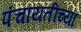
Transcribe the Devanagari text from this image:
पंचायतींच्या